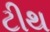
ટીથ